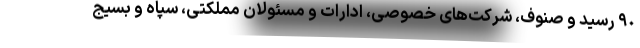
٩٠ رسید و صنوف، شرکت‌های خصوصی، ادارات و مسئولان مملکتی، سپاه و بسیج